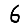
Digit: 6